Report on vaccination in Madras 1904-1921 - 1904-1921
Year: 1904
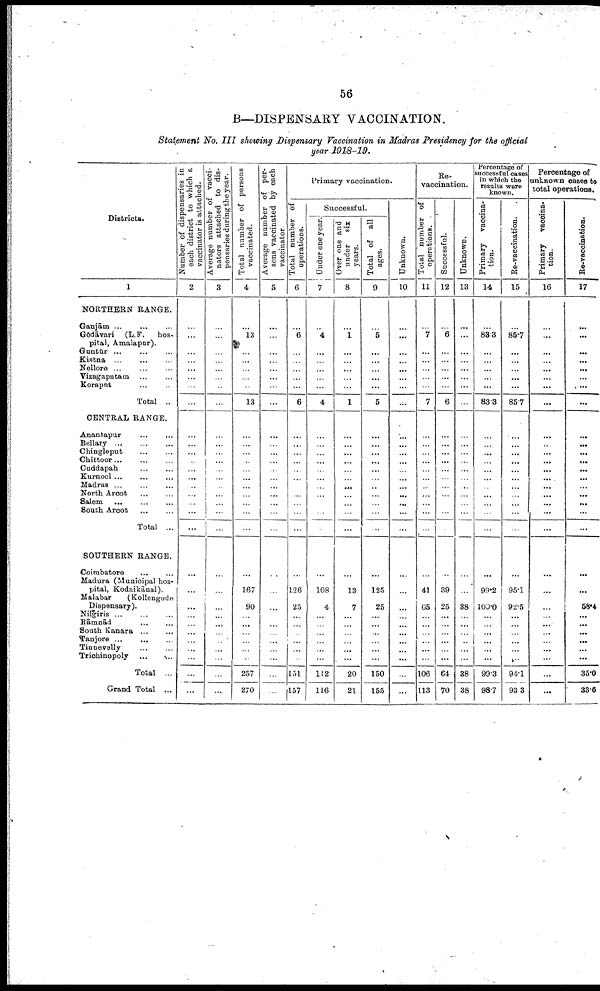
56
B —DISPENSARY VACCINATION.
Statement No. III showing Dispensary Vaccination in Madras Presidency for the official
year 1918-19.
Districts.
1
NORTHERN RANGE.
Ganjām ...
...
...
Gōdāvari (L.F. hos
pital, Amalapur).
Guntūr ... ... ...
Kistna ... ... ...
Nellore
...
...
...
Vizagapatam ... ...
Koraput ... ... ...
Total ...
CENTRAL RANGE.
Anantapur ... ...
Bellary
...
...
...
Chingleput
...
...
Chittoor
...
...
...
Cuddapah
...
...
Kurnool
...
...
...
Madras ...
...
...
North Arcot
...
...
Salem
...
...
...
South Arcot
...
...
Total ...
SOUTHERN RANGE.
Coimbatore
...
...
Madura (Municipal hos
pital, Kodaikānal).
Malabar
(Kollengode
Dispensary).
Nilgiris ... ... ...
Rāmnād ... ...
South Kanara ... ...
Tanjore
...
...
...
Tinnevelly
...
...
Trichinopoly ... ...
Total ...
Grand Total ...
Number of dispensaries in
each district to which a
vaccinator is attached.
2
...
...
...
...
...
...
...
...
...
...
...
...
...
...
...
...
...
...
...
...
...
...
...
...
...
...
...
...
...
...
Average number of vacci
nators attached to dis
pensaries during the year.
3
...
...
...
...
...
...
...
...
...
...
...
...
...
...
...
...
...
...
...
...
...
...
...
...
...
...
...
...
...
...
Total number of persons
vaccinated.
4
...
13
...
...
...
...
...
13
...
...
...
...
...
...
...
...
...
...
...
...
167
90
...
...
...
...
...
...
257
270
Average number of per
sons vaccinated by each
vaccinator.
5
...
...
...
...
...
...
...
...
...
...
...
...
...
...
...
...
...
...
...
...
...
...
...
...
...
...
...
...
...
...
Primary vaccination.
Total number of
operations.
6
...
6
...
...
...
...
...
6
...
...
...
...
...
...
...
...
...
...
...
...
126
25
...
...
...
...
...
...
151
157
Successful.
Under one year.
7
...
4
...
...
...
...
...
4
...
...
...
...
...
...
...
...
...
...
...
...
108
4
...
...
...
...
...
...
112
116
Over one and
under
six
years.
8
...
1
...
...
...
...
...
1
...
...
...
...
...
...
...
...
...
...
...
...
13
7
...
...
...
...
...
...
20
21
Total of all
ages.
9
...
5
...
...
...
...
...
5
...
...
...
...
...
...
...
...
...
...
...
...
125
25
...
...
...
...
...
...
150
155
Unknown.
10
...
...
...
...
...
...
...
...
...
...
...
...
...
...
...
...
...
...
...
...
...
...
...
...
...
...
...
...
...
...
Re-
vaccination.
Total number of
operations.
11
...
7
...
...
...
...
...
7
...
...
...
...
...
...
...
...
...
...
...
...
41
65
...
...
...
...
...
...
106
113
Successful.
12
...
6
...
...
...
...
...
6
...
...
...
...
...
...
...
...
...
...
...
...
39
25
...
...
...
...
...
...
64
70
Unknown.
13
...
...
...
...
...
...
...
...
...
...
...
...
...
...
...
...
...
...
...
...
...
38
...
...
...
...
...
...
38
38
Percentage of
successful cases
in which the
results were
known.
Primary vaccina
tion.
14
...
88.3
...
...
...
...
...
83.3
...
...
...
...
...
...
...
...
...
...
...
...
99.2
100.0
...
...
...
...
...
...
99.3
98.7
Re-vaccination.
15
...
85.7
...
...
...
...
...
85.7
...
...
...
...
...
...
...
...
...
...
...
...
95.1
92.5
...
...
...
...
...
...
94.1
93.3
Percentage of
unknown cases to
total operations.
Primary vaccina
tion.
16
...
...
...
...
...
...
...
...
...
...
...
...
...
...
...
...
...
...
...
...
...
...
...
...
...
...
...
...
...
...
Re-vaccination.
17
...
...
...
...
...
...
...
...
...
...
...
...
...
...
...
...
...
...
...
...
...
58.4
...
...
...
...
...
...
35.0
33.6